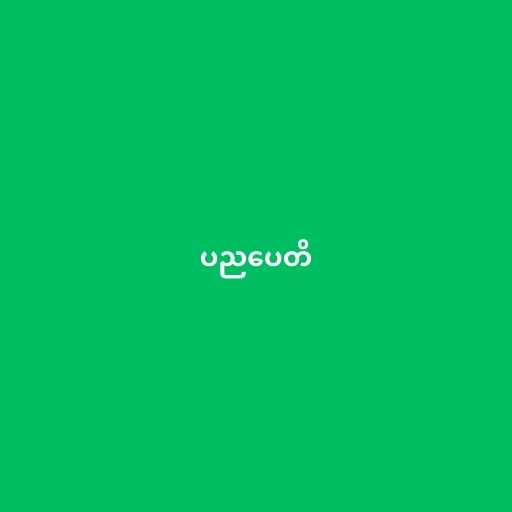
ပညပေတိ